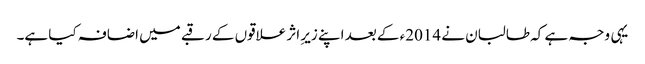
یہی وجہ ہے کہ طالبان نے 2014ء کے بعد اپنے زیرِ اثر علاقوں کے رقبے میں اضافہ کیا ہے۔